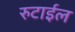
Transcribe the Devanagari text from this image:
रुटाईल